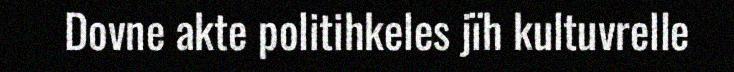
Dovne akte politihkeles jïh kultuvrelle